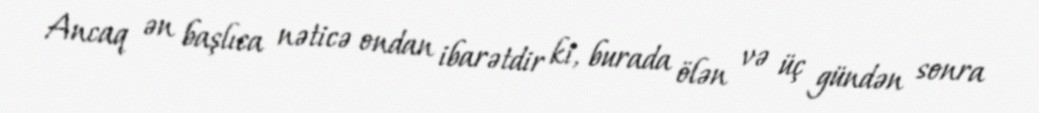
Ancaq ən başlıca nəticə ondan ibarətdir ki, burada ölən və üç gündən sonra